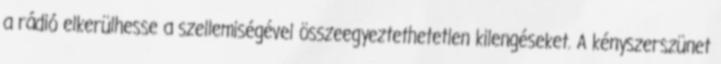
a rádió elkerülhesse a szellemiségével összeegyeztethetetlen kilengéseket. A kényszerszünet